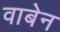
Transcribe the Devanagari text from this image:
वाबेन